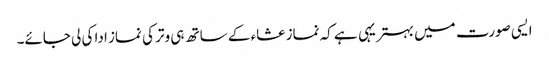
ایسی صورت میں بہتریہی ہے کہ نماز عشاء کے ساتھ ہی وتر کی نماز ادا کی لی جائے۔